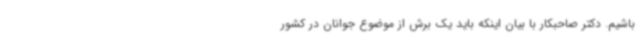
باشیم. دکتر صاحبکار با بیان اینکه باید یک برش از موضوع جوانان در کشور